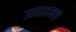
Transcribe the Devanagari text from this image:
उत्पादनच